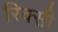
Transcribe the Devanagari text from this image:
रिक्सी